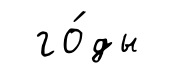
го́ды